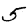
Digit: 5